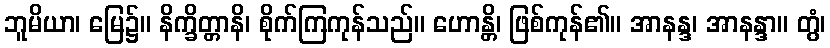
ဘူမိယာ၊ မြေ၌။ နိက္ခိတ္တာနိ၊ စိုက်ကြကုန်သည်။ ဟောန္တိ၊ ဖြစ်ကုန်၏။ အာနန္ဒ၊ အာနန္ဒာ။ တွံ၊